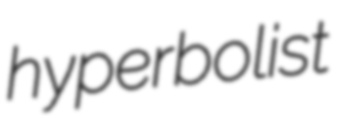
hyperbolist